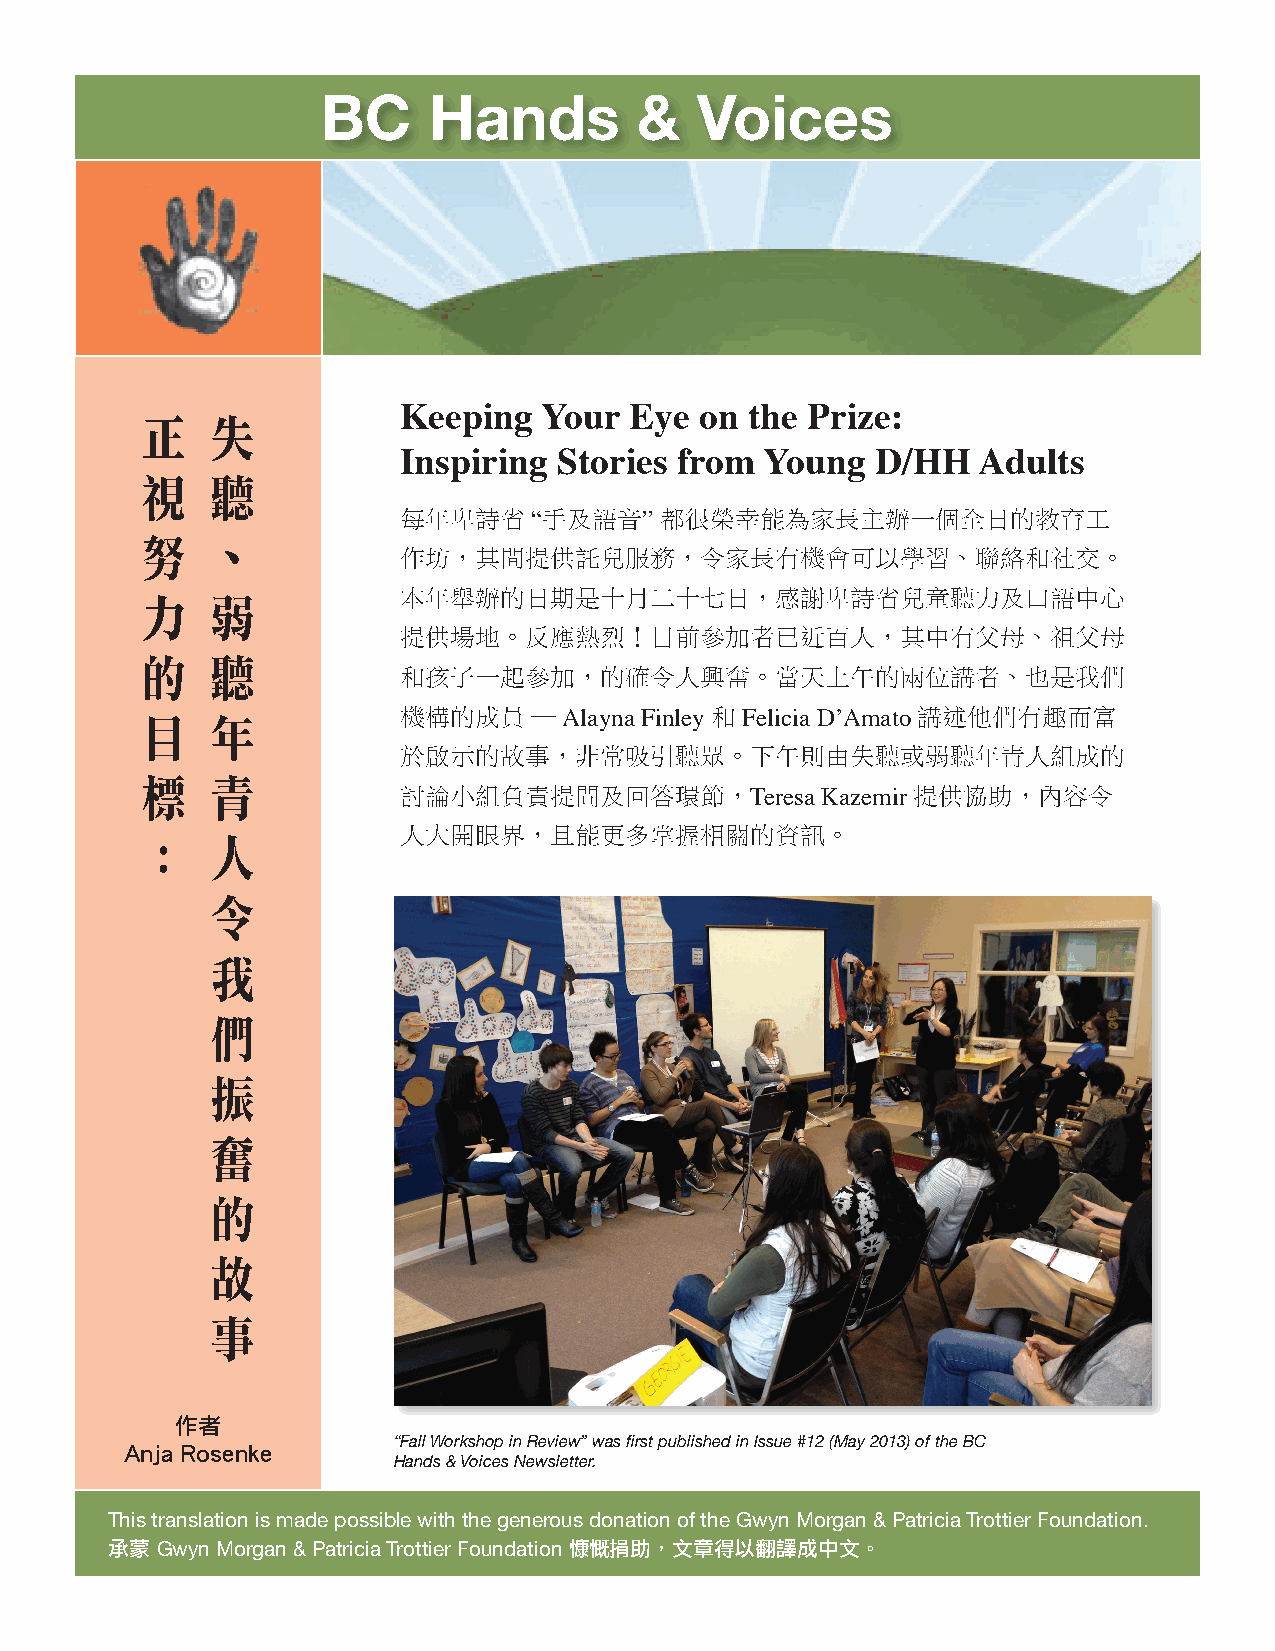
BC     Hands         &   Voices
 Keeping   Your  Eye on  the Prize:
 正    失
 Inspiring  Stories from  Young  D/HH   Adults
 視    聽
 每年卑詩省    “手及語音”   都很榮幸能為家長主辦一個全日的教育工
 努    、
 作坊，其間提供託兒服務，令家長有機會可以學習、聯絡和社交。
 本年舉辦的日期是十月二十七日，感謝卑詩省兒童聽力及口語中心
 力    弱
 提供場地。反應熱烈！目前參加者已近百人，其中有父母、祖父母
 的    聽
 和孩子一起參加，的確令人興奮。當天上午的兩位講者、也是我們
 機構的成員    — Alayna Finley 和 Felicia D’Amato 講述他們有趣而富
 目    年
 於啟示的故事，非常吸引聽眾。下午則由失聽或弱聽年青人組成的
 標    青
 討論小組負責提問及回答環節，Teresa        Kazemir 提供協助，內容令
 人大開眼界，且能更多掌握相關的資訊。
 ：    人
 令
 我
 們
 振
 奮
 的
 故
 事
 作者
 “Fall Workshop in Review” was first published in Issue #12 (May 2013) of the BC
 Anja Rosenke
 Hands & Voices Newsletter.
 This translation is made possible with the generous donation of the Gwyn Morgan & Patricia Trottier Foundation.
 承蒙 Gwyn Morgan & Patricia Trottier Foundation 慷慨捐助，文章得以翻譯成中文。